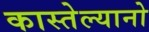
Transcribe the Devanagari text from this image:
कास्तेल्यानो